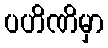
ပဟိဏိမှာ